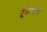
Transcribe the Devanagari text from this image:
पूंजीखाते